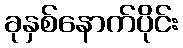
ခုနှစ်နောက်ပိုင်း